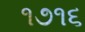
૧૭૧૬